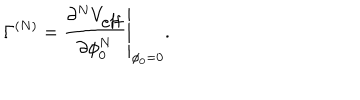
\Gamma ^ { ( N ) } = \left. \frac { \partial ^ { N } V _ { \mathrm { e f f } } } { \partial \phi _ { 0 } ^ { N } } \right| _ { \phi _ { 0 } = 0 } .